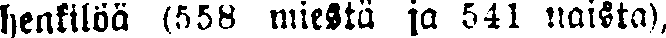
henkilöä (558 miestä ja 541 naista),